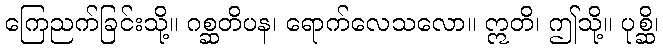
ကြေညက်ခြင်းသို့။ ဂစ္ဆတိပန၊ ရောက်လေသလော။ ဣတိ၊ ဤသို့။ ပုစ္ဆိ၊